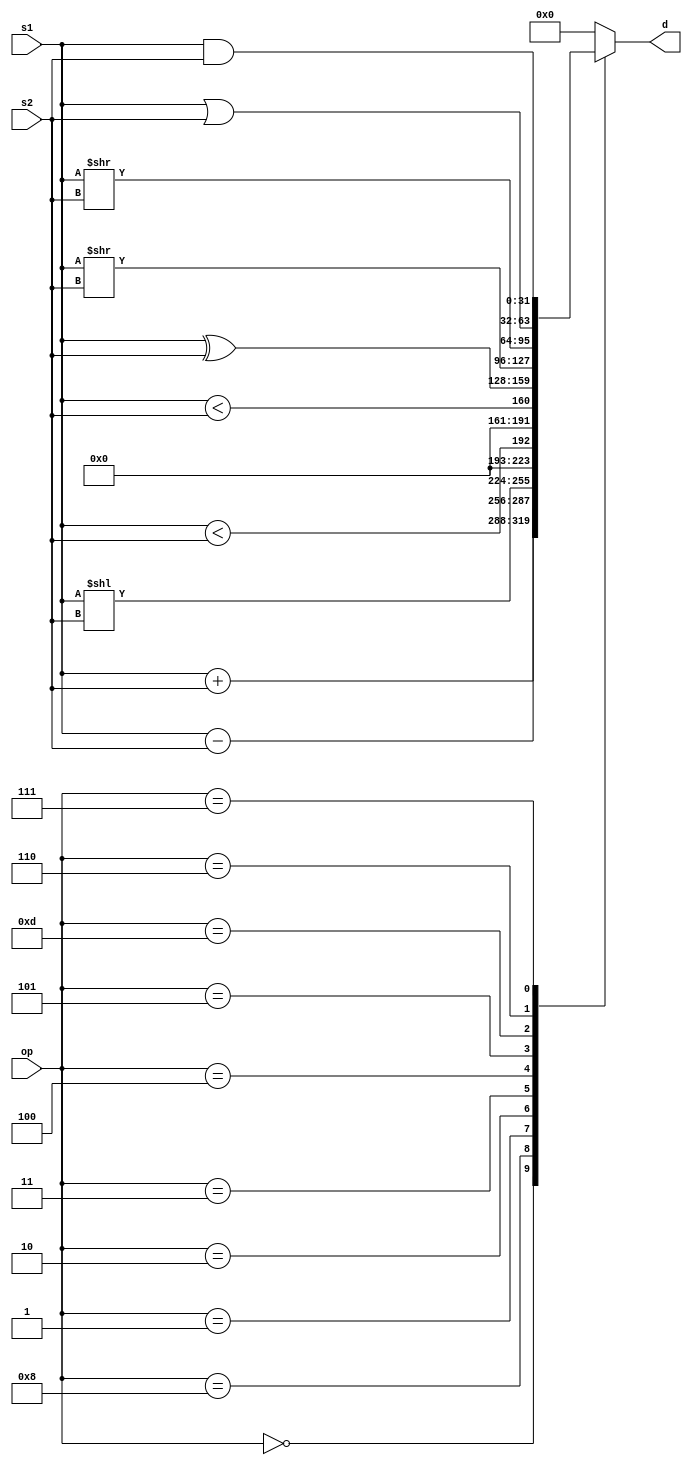
module alu(
    input      [31:0] s1,
    input      [31:0] s2,
    input      [3:0]  op,
    output reg [31:0] d
);

    always @(*) begin
        case (op)
            4'b0000: d = s1 + s2;  // ADD
            4'b1000: d = s1 - s2;  // SUB
            4'b0001: d = s1 << s2; // SLL
            4'b0010: d = $signed(s1) < $signed(s2); // SLT
            4'b0011: d = s1 < s2;  // SLTU
            4'b0100: d = s1 ^ s2;  // XOR
            4'b0101: d = s1 >> s2; // SRL
            4'b1101: d = $signed(s1) >> s2; // SRA
            4'b0110: d = s1 | s2;  // OR
            4'b0111: d = s1 & s2;  // AND
            default: d = 0;
        endcase
    end

endmodule